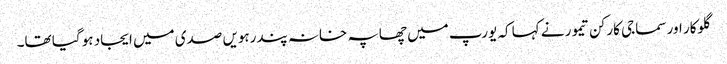
گلوکار اور سماجی کارکن تیمور نے کہا کہ یورپ میں چھاپہ خانہ پندرہویں صدی میں ایجاد ہو گیا تھا۔